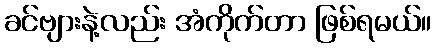
ခင်ဗျားနဲ့လည်း အံကိုက်တာ ဖြစ်ရမယ်။